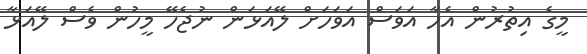
މީގެ އިތުރުން އެހާ އަވަސް އަވަހަށް ލޭއަޅަން ނުޖެހޭ މީހުން ވެސް ލޭއަޅާ